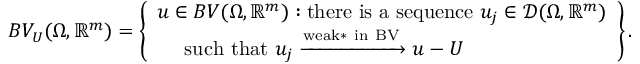
\begin{array} { r } { B V _ { U } ( \Omega , \mathbb { R } ^ { m } ) = \left\{ \begin{array} { l } { u \in B V ( \Omega , \mathbb { R } ^ { m } ) : \mathrm { t h e r e ~ i s ~ a ~ s e q u e n c e ~ } u _ { j } \in \mathcal { D } ( \Omega , \mathbb { R } ^ { m } ) } \\ { \quad \mathrm { ~ s u c h ~ t h a t ~ } u _ { j } \xrightarrow { \mathrm { w e a k * ~ i n ~ B V } } u - U } \end{array} \right\} . } \end{array}